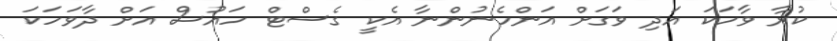
ކުރާ ވާހަކަ އަދި ވަގަށް އަންހެނުންނާ އެކީ ގެސްޓް ހައުސް އަށް ދާވަހަކަ